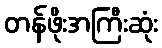
တန်ဖိုးအကြီးဆုံး